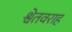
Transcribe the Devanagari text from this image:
श्वेतवराह